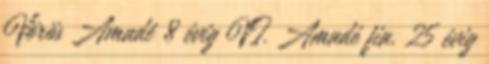
Vörös Amadé 8 évig VI. Amadé fia. 25 évig